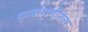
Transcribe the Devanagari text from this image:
पुनर्बांधणीनंतर